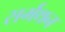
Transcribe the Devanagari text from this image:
सर्मथन